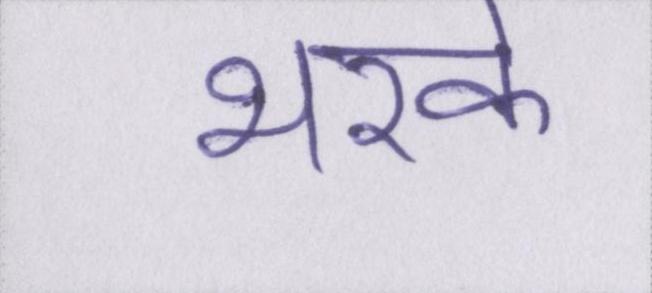
भरके